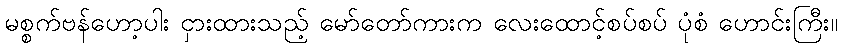
မစ္စက်ဗန်ဟော့ပါး ငှားထားသည့် မော်တော်ကားက လေးထောင့်စပ်စပ် ပုံစံ ဟောင်းကြီး။